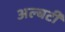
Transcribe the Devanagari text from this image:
अल्बर्टी